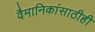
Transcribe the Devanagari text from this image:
वैमानिकांसाठीही